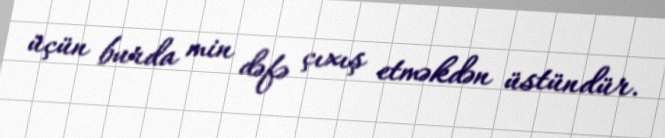
üçün burda min dəfə çıxış etməkdən üstündür.